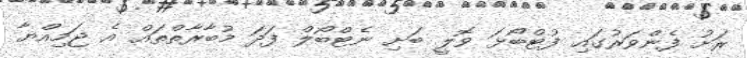
ރަށު ފެންވަރުގައި ފުޓްބޯޅަ ވޮލީ ބަށި ނެޓްބޯލް ފަދަ މުބާރާތްތައް އެ ޖަމިއްޔާ